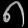
Digit: ၈